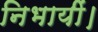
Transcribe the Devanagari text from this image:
निभायीं।